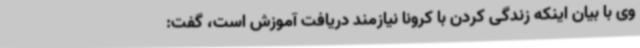
وی با بیان اینکه زندگی کردن با کرونا نیازمند دریافت آموزش است، گفت: